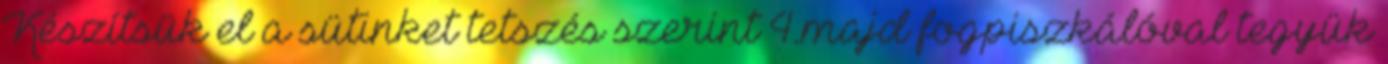
Készítsük el a sütinket tetszés szerint 4.majd fogpiszkálóval tegyük